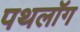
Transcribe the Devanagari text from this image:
पथलॉग